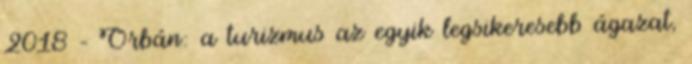
2018 – Orbán: a turizmus az egyik legsikeresebb ágazat,